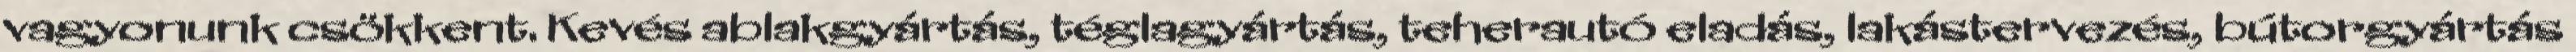
vagyonunk csökkent. Kevés ablakgyártás, téglagyártás, teherautó eladás, lakástervezés, bútorgyártás